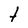
Character: t